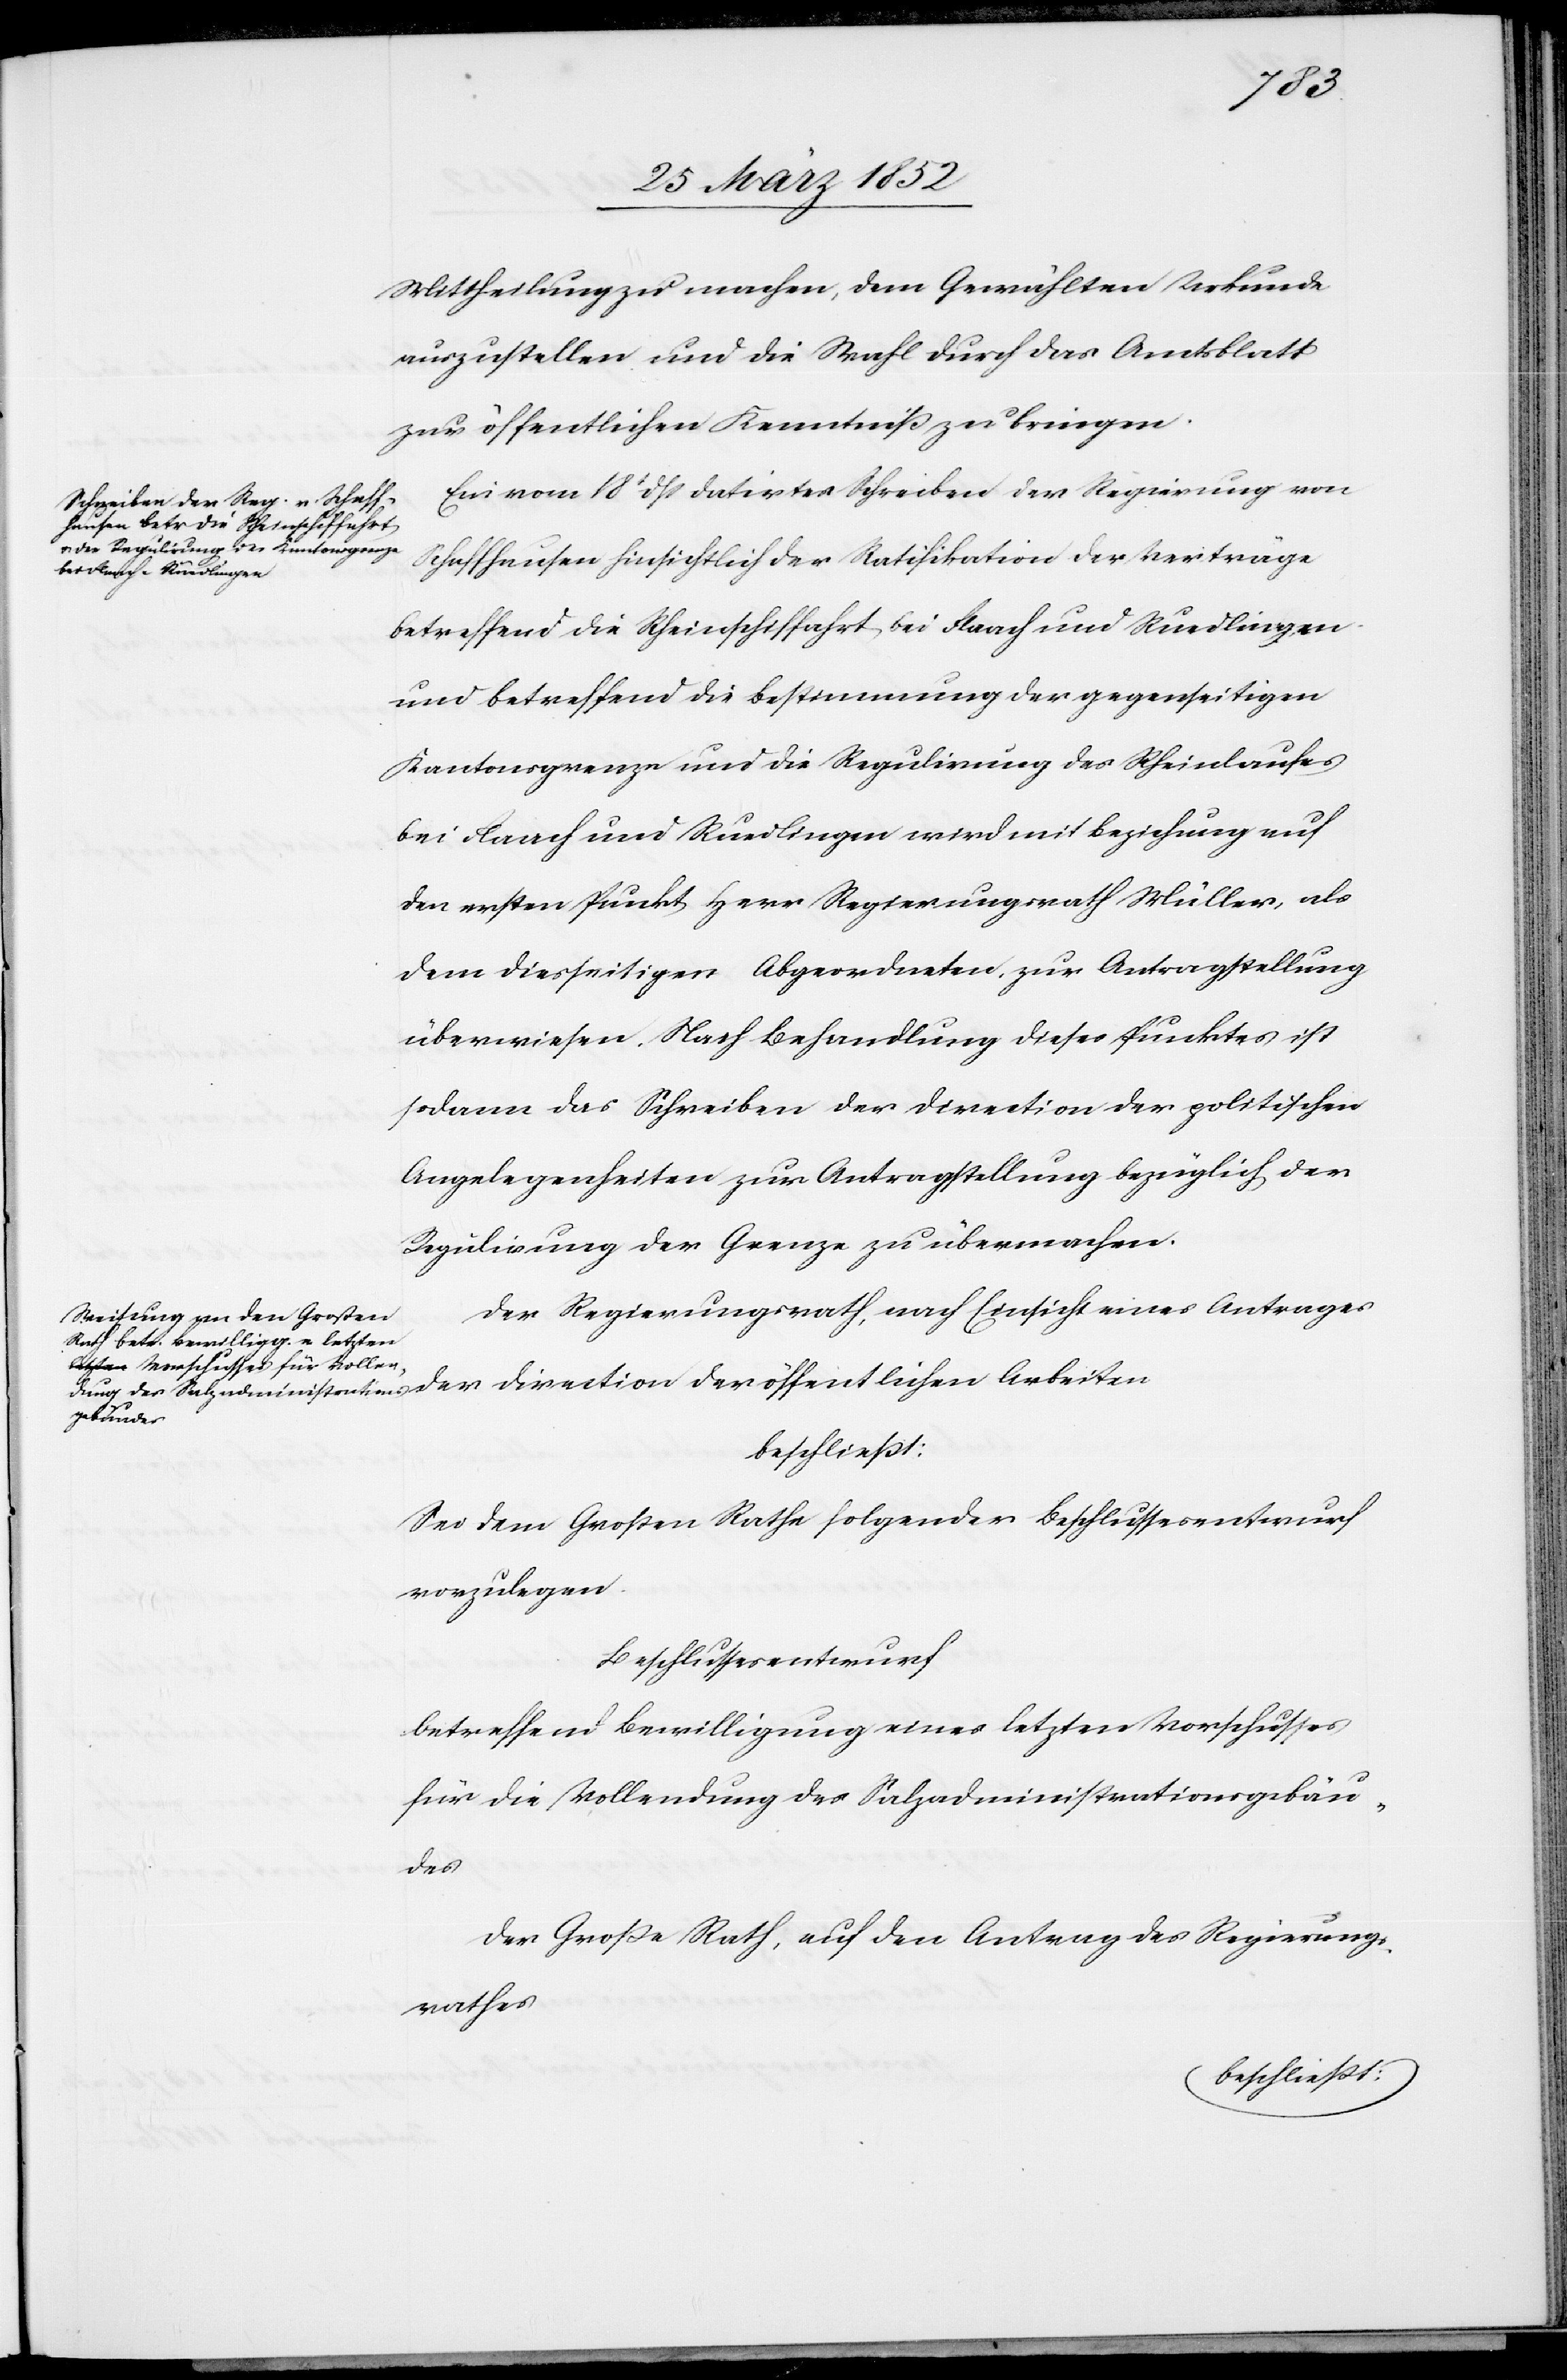
Arbeiten
Mittheilung zu machen, dem Gewählten Urkunde
auszustellen und die Wahl durch das Amtsblatt
zur öffentlichen Kenntniß zu bringen.
Ein vom 18t dß datirtes Schreiben der Regierung von
Schaffhausen hinsichtlich der Ratifikation der Verträge
betreffend die Rheinschiffahrt bei Flaach und Ruedlingen
und betreffend die Bestimmung der gegenseitigen
Kantonsgrenze und die Regulirung des Rheinlaufes
bei Flaach und Ruedlingen wird mit Beziehung auf
den ersten Punkt Herr Regierungsrath Müller, als
dem diesseitigen Abgeordneten, zur Antragstellung
überwiesen. Nach Behandlung dieses Punktes ist
sodann das Schreiben der Direction der politischen
Angelegenheiten zur Antragstellung bezüglich der
Regulirung der Grenze zu übermachen.
Der Regierungsrath, nach Einsicht eines Antrages
beschließt:
Sei dem Großen Rathe folgender Beschlussesentwurf
vorzulegen.
Beschlussesentwurf
betreffend Bewilligung eines letzten Vorschusses
für die Vollendung des Salzadministrationsgebäu¬
des
Der Große Rath, auf den Antrag des Regierungs¬
rathes